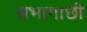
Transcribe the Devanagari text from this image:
सभागाछी